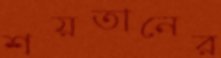
শয়তানের